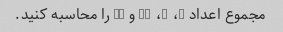
مجموع اعداد 8، 7، 19 و 33 را محاسبه کنید.